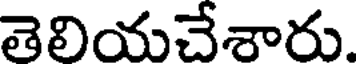
తెలియచేశారు.